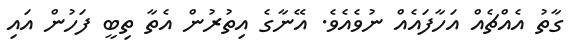
ގާތު އެއްޗެއް އަހާފައެއް ނުވެއެވެ. އޭނާގެ އިތުރުން އެތާ ތިބީ ފަހުން އައި